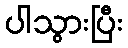
ပါသွားပြီး